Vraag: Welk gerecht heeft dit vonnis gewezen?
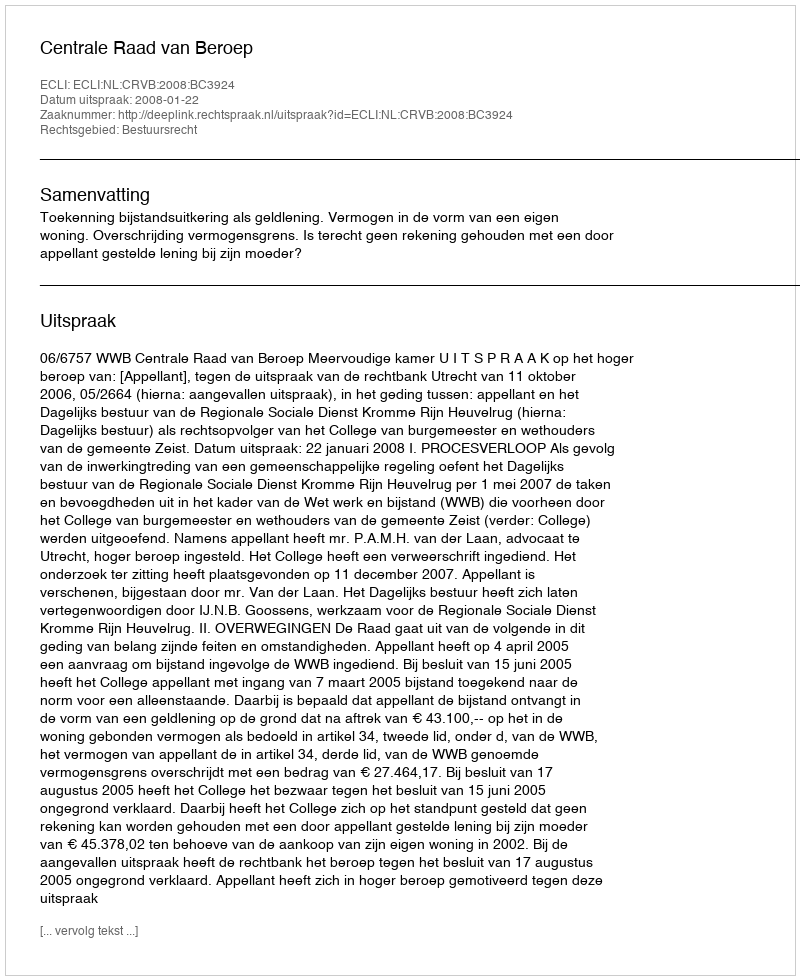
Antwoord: Centrale Raad van Beroep